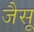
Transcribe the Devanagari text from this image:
जैसू